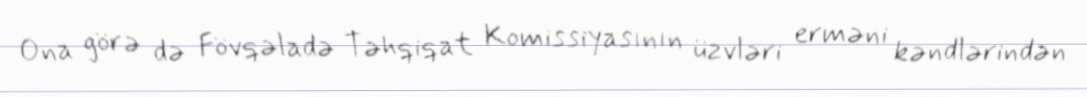
Ona görə də Fövqəladə Təhqiqat Komissiyasının üzvləri erməni kəndlərindən